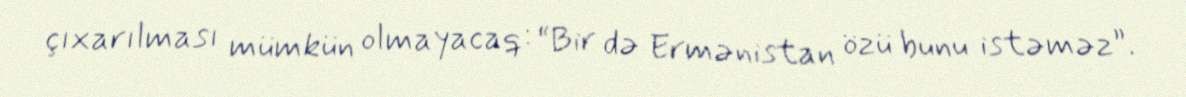
çıxarılması mümkün olmayacaq: “Bir də Ermənistan özü bunu istəməz”.